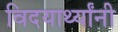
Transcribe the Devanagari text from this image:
विदयार्थ्‍यांनी